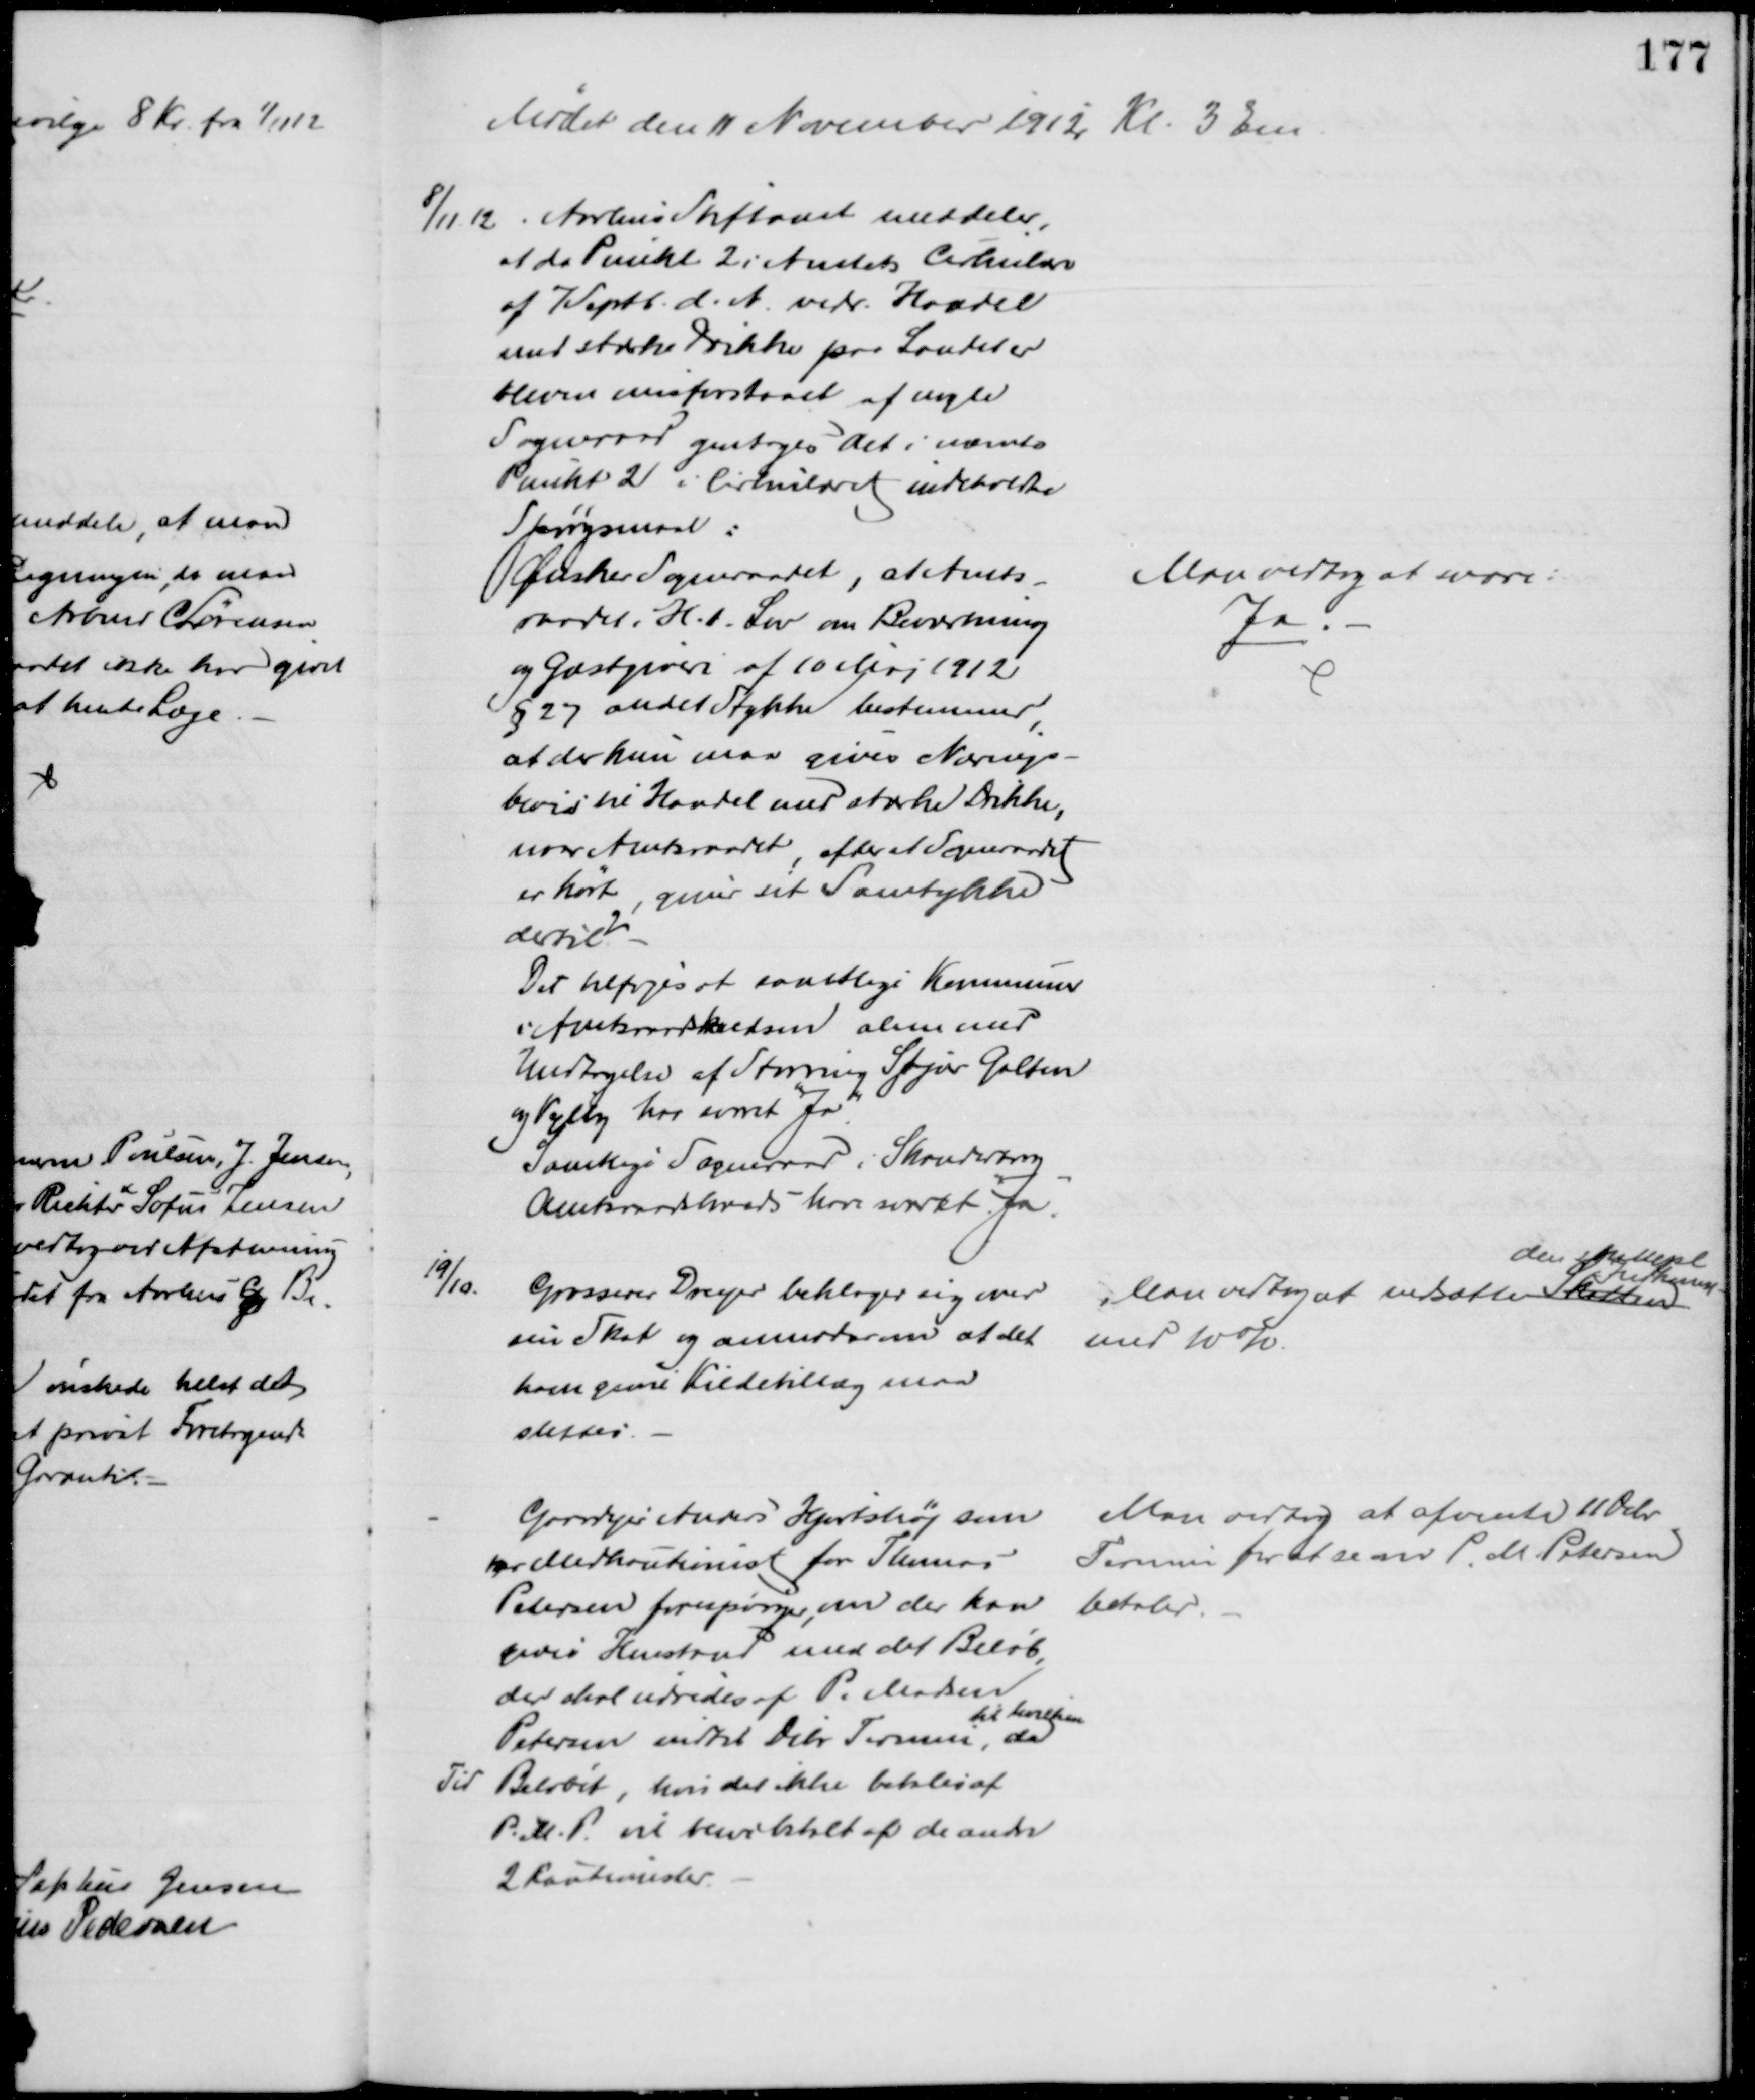
Transskription:
Mødet den 11 November 1912 Kl. 3 Em
8/11 12. Aarhus Stiftamt meddeler,
af da Punkt 2 i Amtets Cirkulære
af 7 Septb. d. A. vedr. Handel
med stærke Drikke paa Landet er
bleven misforstaaet af nogle
Sogneraad gentages det i nævnte
Punkt 2 i Cirkulæret indeholdte
Spørgsmaal:
Ønsker Sogneraadet, at Amts-
raadet i H. t. Lov om Beværtning
og Gæstgiveri af 10 Maj 1912
§ 27 andet Stykke bestemmer,
at der kun maa gives Nærings-
bevis til Handel med stærke Drikke,
naar Amtsraadet, efter at Sogneraadet
er hørt, giver sit Samtykke
dertil
Det tilføjes at samtlige Kommuner
i Amtsraadskredsen alene med
Undtagelse af Storring Stjær Galten
og Vejlby har svaret "Ja".
Samtlige Sogneraad i Skanderborg
Amtsraadskreds have svaret "Ja".
Man vedtog at svare:
Ja
19/10
Grosserer Dreyer beklager sig over
sin Skat og anmoder om at det
ham givne Kildetillæg maa
slettes.
Man vedtog at nedsætte Skatten
den skattepl
Indkomst
med 10 %.
Gaardejer Anders Hjortshøj som
er Medkautionist for Thomas
Petersen forespørger, om der kan
gives Henstand med det Beløb,
der skal udredes af P. Madsen
Petersen indtil Dcbr Termin, da
til hvilken
Tid Beløbet, hvis det ikke betales af
P.M.P. vil blive betalt af de andre
2 Kautionister
Man vedtog at afvente 11 Dcbr
Termin for at se om P. M. Petersen
betaler.